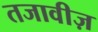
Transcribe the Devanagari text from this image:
तजावीज़